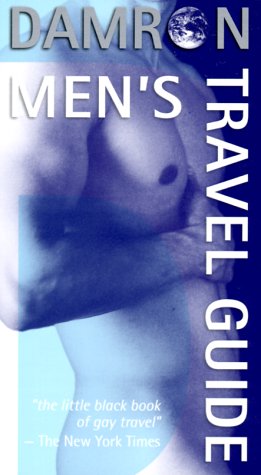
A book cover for DAMRON MEN'S GUIDE 2000- P (Damron Men's Travel Guide); Gay & Lesbian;